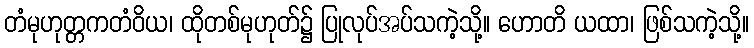
တံမုဟုတ္တကတံဝိယ၊ ထိုတစ်မုဟုတ်၌ ပြုလုပ်အပ်သကဲ့သို့။ ဟောတိ ယထာ၊ ဖြစ်သကဲ့သို့။